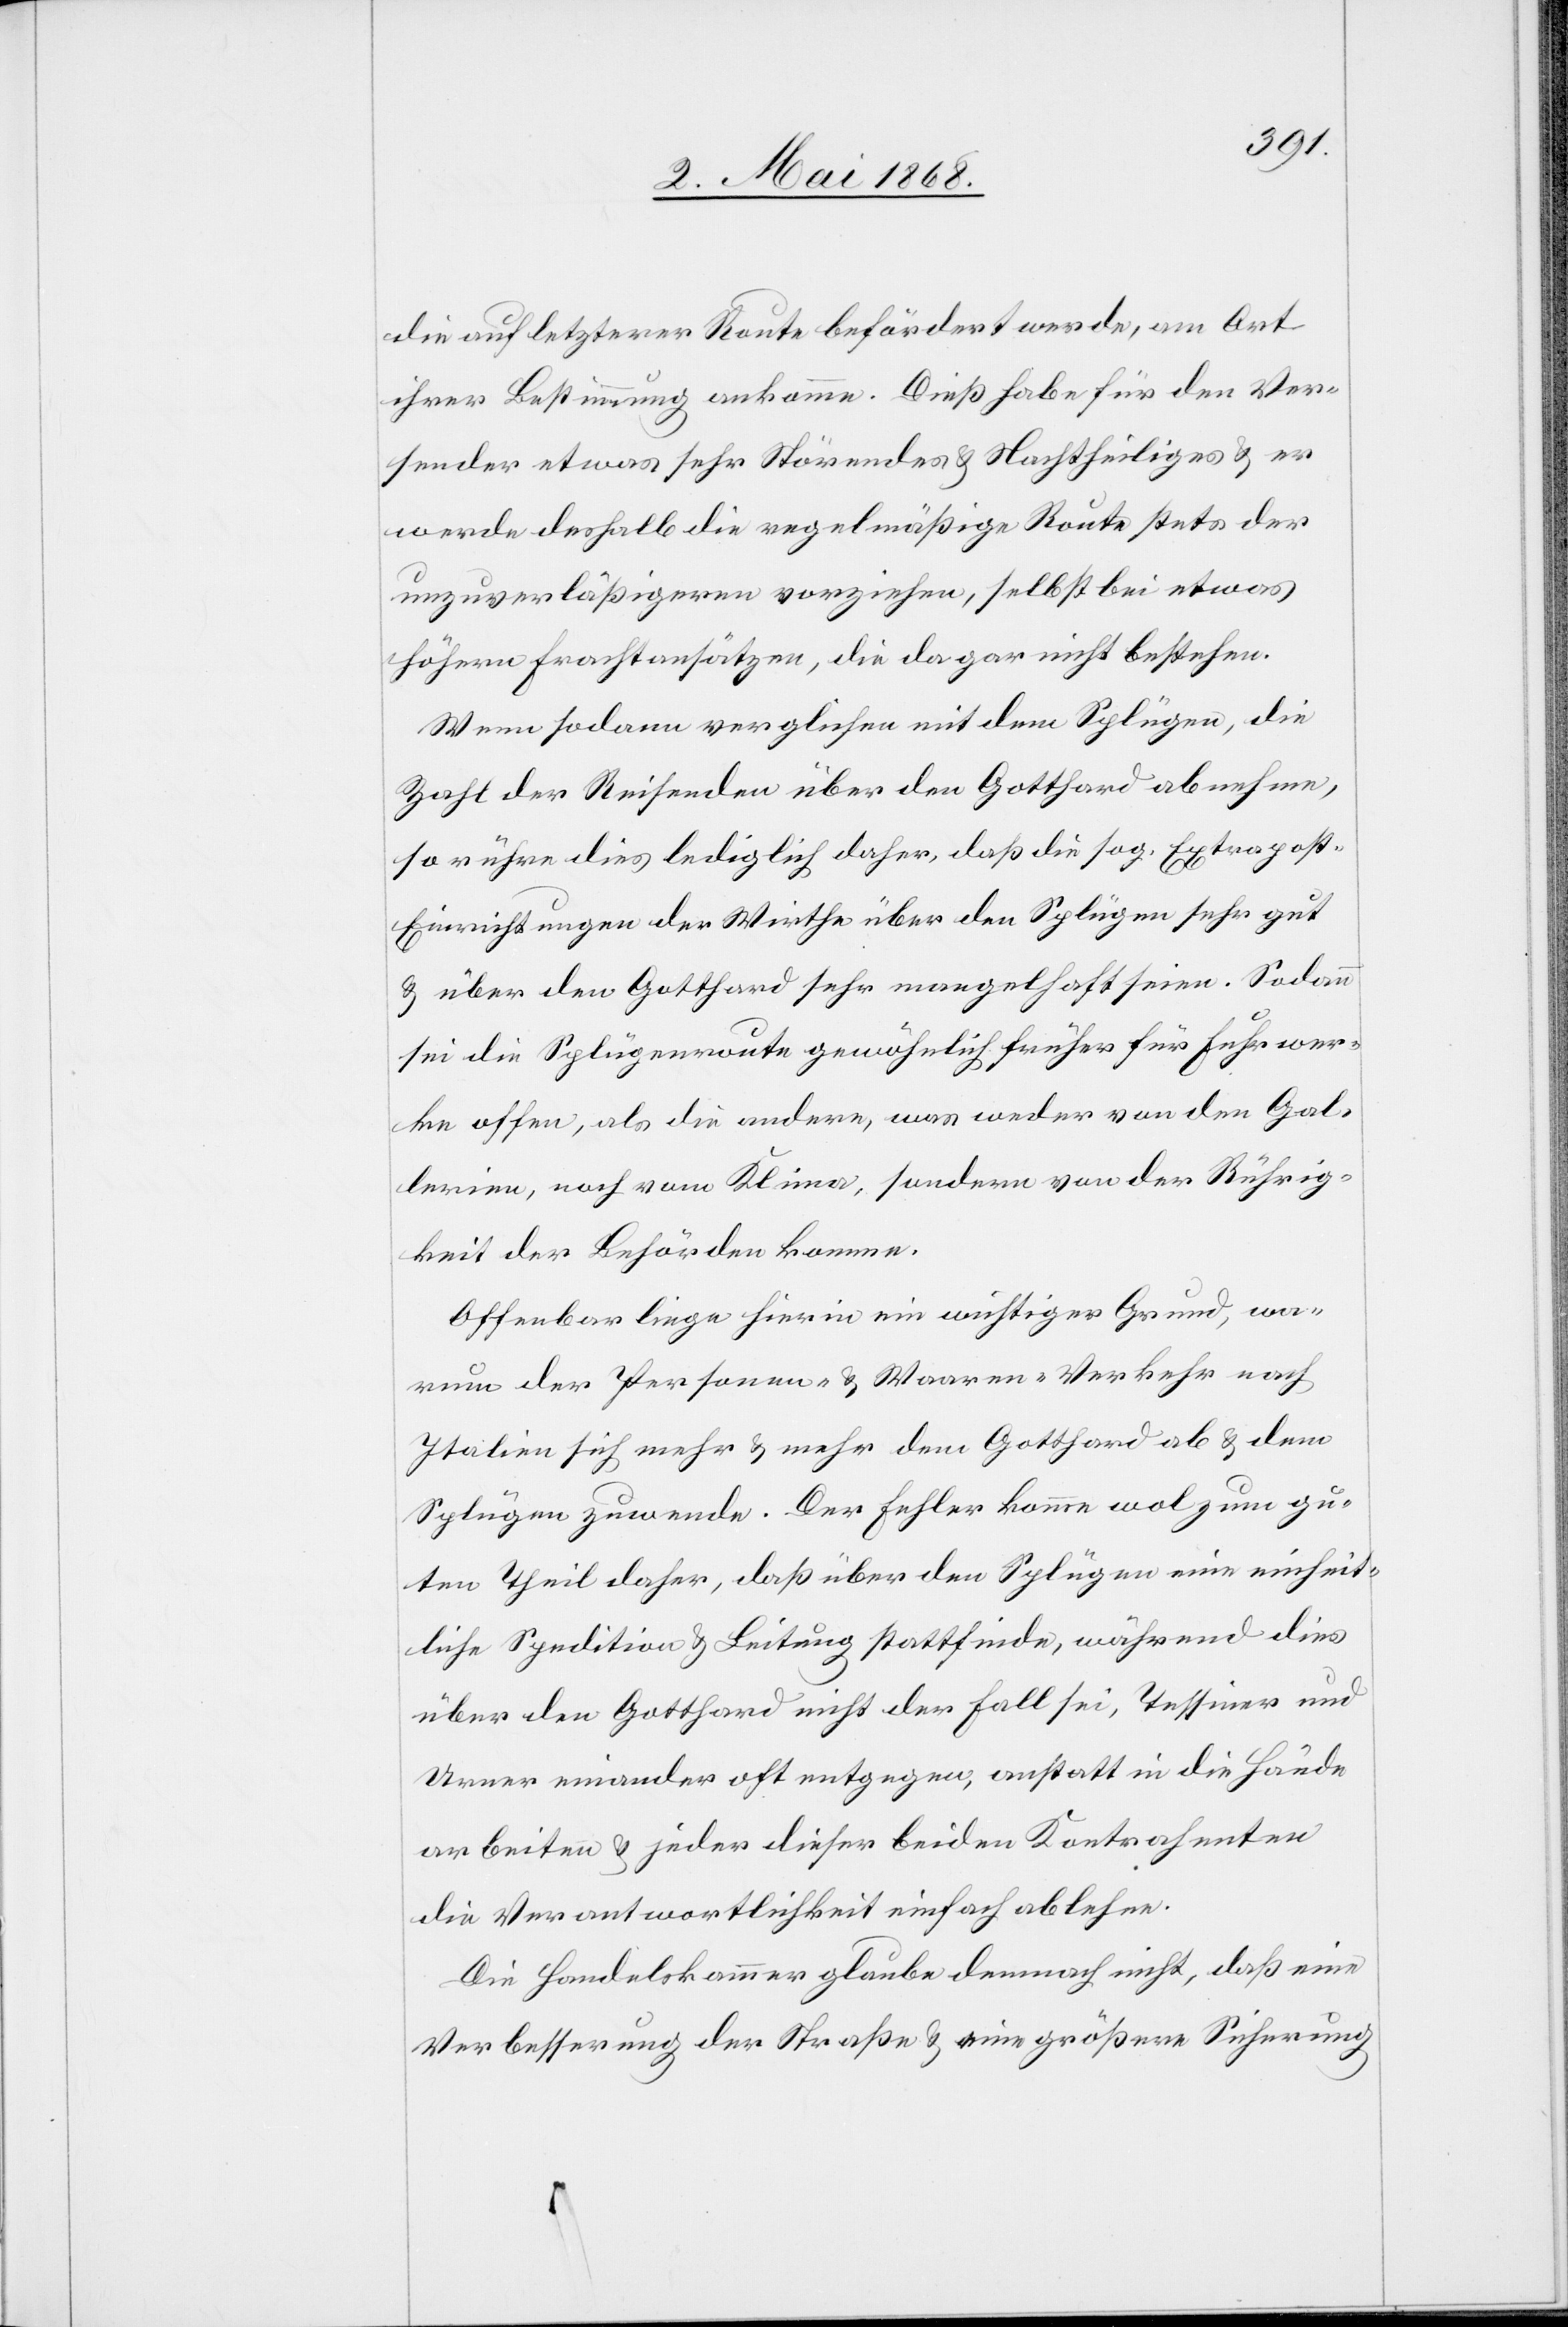
die auf letzterer Route befördert werde, am Ort
ihrer Bestimmung ankomme. Dieß habe für den Ver¬
sender etwas sehr Störendes & Nachtheiliges & er
werde deshalb die regelmäßige Route stets der
unzuverläßigeren vorziehen, selbst bei etwas
höhern Frachtansätzen, die da gar nicht bestehen.
Wenn sodann verglichen mit dem Splügen, die
Zahl der Reisenden über den Gotthard abnehme,
so rühre dies lediglich daher, daß die sog. Extrapos¬
t-Einrichtungen der Wirthe über den Splügen sehr gut
& über den Gotthard sehr mangelhaft seien. Sodann
sei die Splügenroute gewöhnlich früher für Fuhrwer¬
ke offen, als die andere, was weder von den Gal¬
lerien, noch vom Klima, sondern von der Rührig¬
keit der Behörden komme.
Offenbar liege hierin ein wichtiger Grund, wa¬
rum der Personen- & Waaren-Verkehr nach
Italien sich mehr & mehr dem Gotthard ab & dem
Splügen zuwende. Der Fehler komme wol zum gu¬
ten Theil daher, daß über den Splügen eine einheit¬
liche Spedition & Leitung stattfinde, während dies
über den Gotthard nicht der Fall sei, Tessiner und
Urner einander oft entgegen, anstatt in die Hände
arbeiten & jeder dieser beiden Kontrahenten
die Verantwortlichkeit einfach ablehne.
Die Handelskammer glaube demnach nicht, daß eine
Verbesserung der Straße & eine größere Sicherung